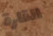
القارة